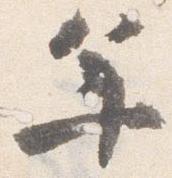
年